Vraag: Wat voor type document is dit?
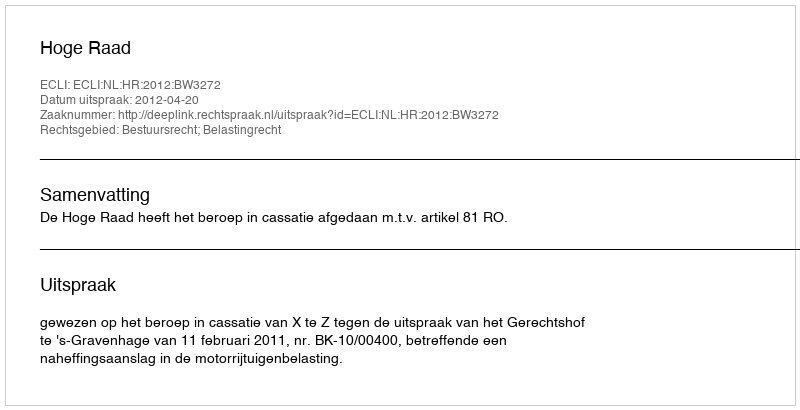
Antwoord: Uitspraak